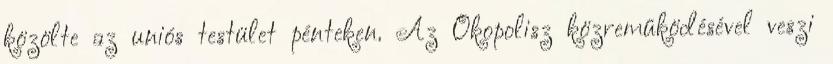
közölte az uniós testület pénteken. Az Ökopolisz közreműködésével veszi